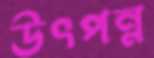
উৎপন্ন